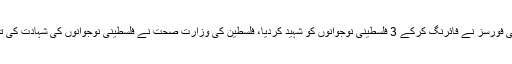
راملہ: اسرائیلی فورسز نے فائرنگ کرکے 3 فلسطینی نوجوانوں کو شہید کردیا، فلسطین کی وزارت صحت نے فلسطینی نوجوانوں کی شہادت کی تصدیق کردی۔